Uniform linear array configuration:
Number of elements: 48
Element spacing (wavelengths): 0.25
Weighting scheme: blackman
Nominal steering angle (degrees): -45
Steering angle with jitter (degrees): -46.052
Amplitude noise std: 0.05
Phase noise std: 0.05

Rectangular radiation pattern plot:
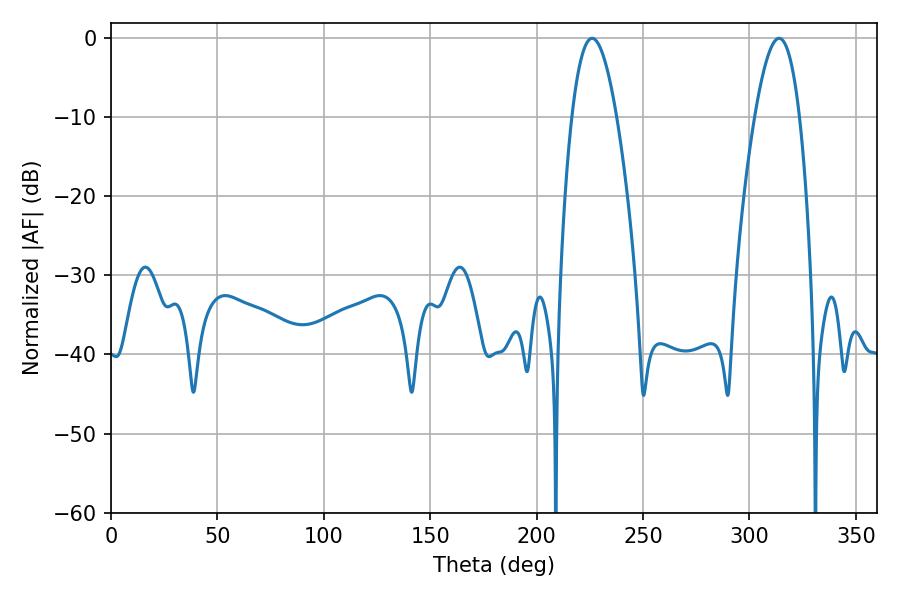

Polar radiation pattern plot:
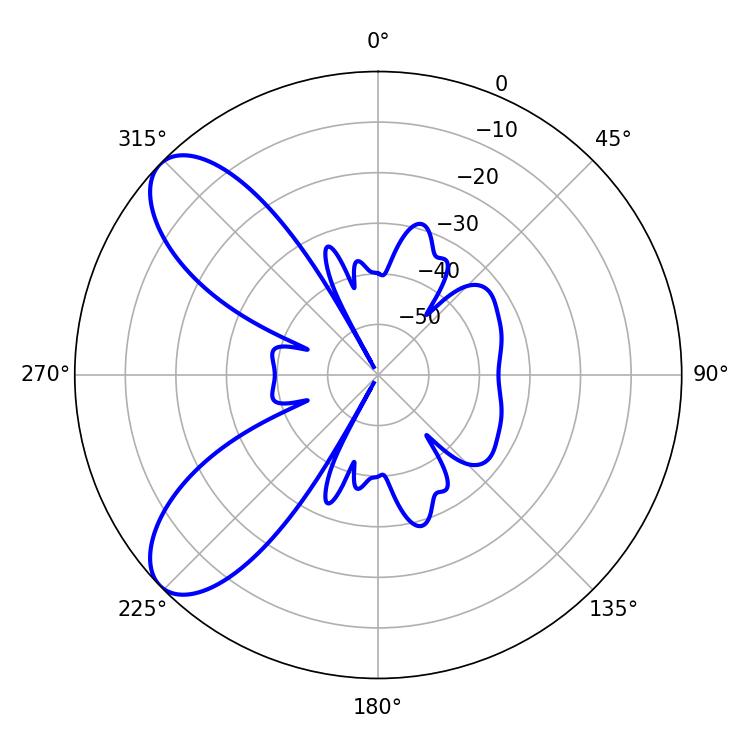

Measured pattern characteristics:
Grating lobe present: FALSE
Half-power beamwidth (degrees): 11.52
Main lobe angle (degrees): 226.08